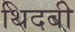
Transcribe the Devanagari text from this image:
थिदबी